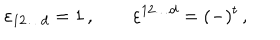
\varepsilon _ { 1 2 \ldots d } = 1 \, , \qquad \varepsilon ^ { 1 2 \ldots d } = ( - ) ^ { t } \, ,